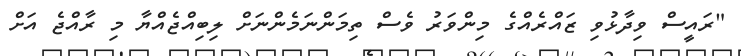
"ރައީސް ވިދާޅުވި ޒައްރެއްގެ މިންވަރު ވެސް ތިމަންނަމެންނަށް ލިބިއްޖެއްޔާ މި ރާއްޖެ އަށް